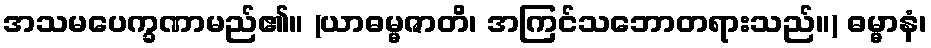
အသမပေက္ခဏာမည်၏။ (ယာဓမ္မဇာတိ၊ အကြင်သဘောတရားသည်။) ဓမ္မာနံ၊